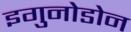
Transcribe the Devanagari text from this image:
इगुनोडोन